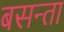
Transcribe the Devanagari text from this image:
बसन्ता